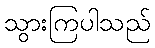
သွားကြပါသည်